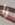
را